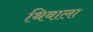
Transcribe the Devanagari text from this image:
थिबाला